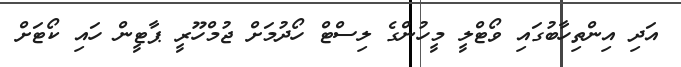
އަދި އިންތިހާބުގައި ވޯޓްލީ މީހުންގެ ލިސްޓް ހޯދުމަށް ޖުމްހޫރީ ޕާޓީން ހައި ކޯޓަށް